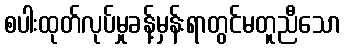
စပါးထုတ်လုပ်မှုခန့်မှန်းရာတွင်မတူညီသော